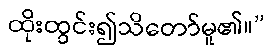
ထိုးထွင်း၍သိတော်မူ၏။”